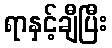
ရာနှင့်ချီပြီး